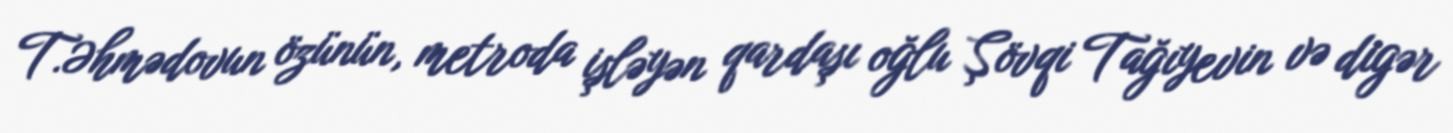
T.Əhmədovun özünün, metroda işləyən qardaşı oğlu Şövqi Tağıyevin və digər